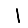
Digit: 1